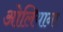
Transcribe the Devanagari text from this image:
ओलियाना